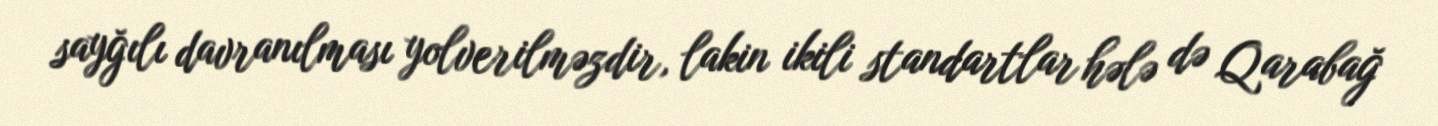
sayğılı davranılması yolverilməzdir, lakin ikili standartlar hələ də Qarabağ